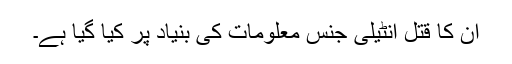
ان کا قتل انٹیلی جنس معلومات کی بنیاد پر کیا گیا ہے۔